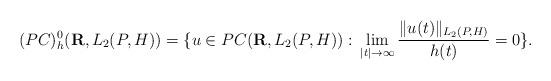
LaTeX: \begin{align*} (PC)_{h}^{0}(\mathbf{R},L_{2}(P,H))=\{u\in PC(\mathbf{R},L_{2}(P,H)):\,\lim_{|t|\rightarrow\infty}\frac{\|u(t)\|_{L_{2}(P,H)}}{h(t)}=0\}.\end{align*}